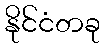
နိုင်ငံတခု